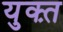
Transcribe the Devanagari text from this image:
युक्त़